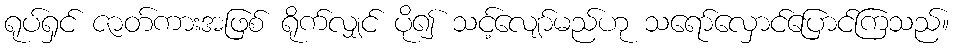
ရုပ်ရှင် ဇာတ်ကားအဖြစ် ရိုက်လျှင် ပို၍ သင့်လျော်မည်ဟု သရော်လှောင်ပြောင်ကြသည်။